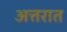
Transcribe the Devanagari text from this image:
अत्तरात